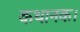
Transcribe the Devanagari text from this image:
कथानक।